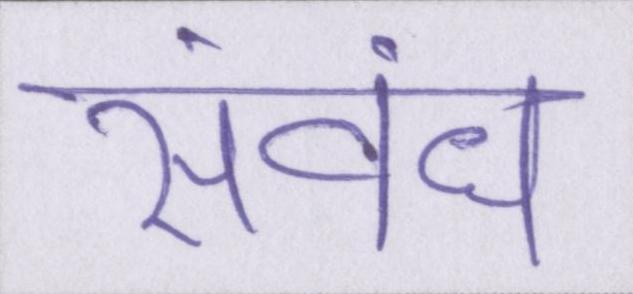
संबंध